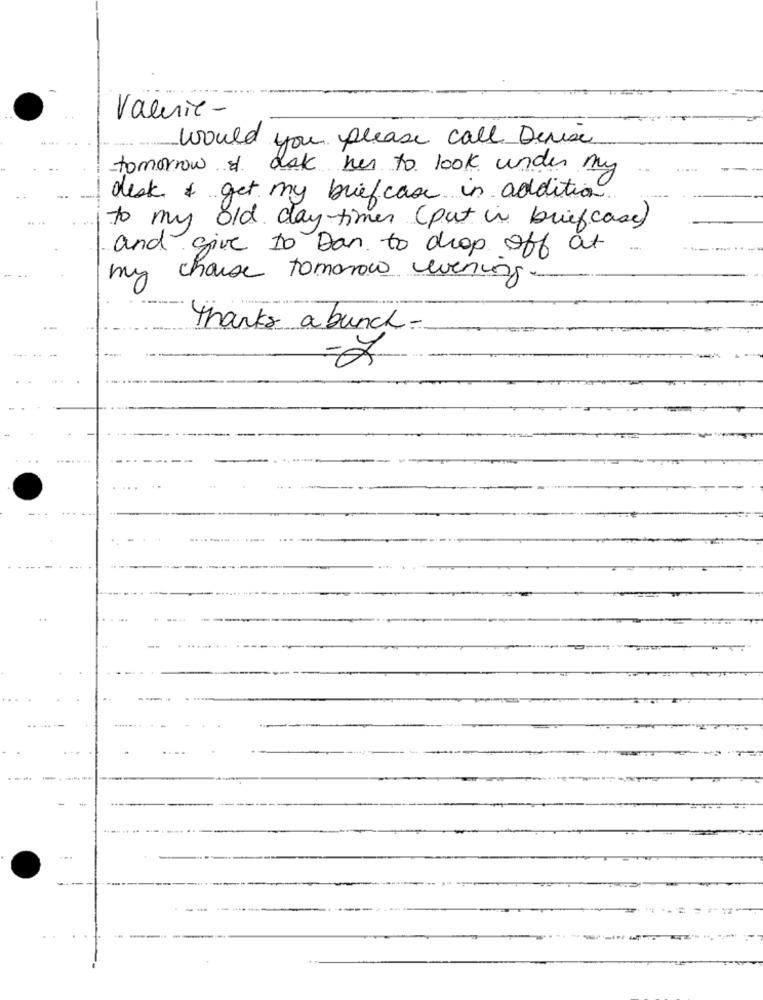
Valerie-
would you please call Denise
tomorrow & ask her to look under my
desk & get my brief case in addition
to my old day times ( put in brief case)
and give to Dan to drop off at
my chaise tomorow evening
thanks a bunch-